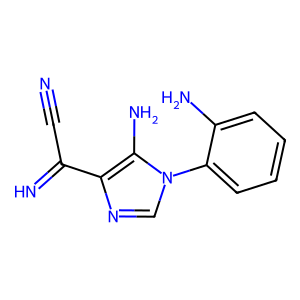
SMILES: N#CC(=N)c1ncn(-c2ccccc2N)c1N
Inhibits HIV replication: No